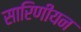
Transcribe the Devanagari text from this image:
सारिणीयन